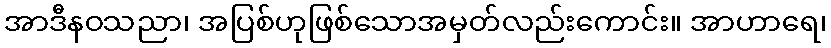
အာဒီနဝသညာ၊ အပြစ်ဟုဖြစ်သောအမှတ်လည်းကောင်း။ အာဟာရေ၊